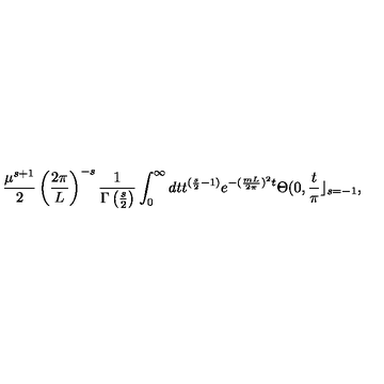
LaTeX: \frac { \mu ^ { s + 1 } } { 2 } \left( \frac { 2 \pi } { L } \right) ^ { - s } \frac { 1 } { \Gamma \left( \frac { s } { 2 } \right) } \int _ { 0 } ^ { \infty } d t t ^ { ( \frac { s } { 2 } - 1 ) } e ^ { - ( \frac { m L } { 2 \pi } ) ^ { 2 } t } \Theta ( 0 , \frac { t } { \pi } \rfloor _ { s = - 1 } ,